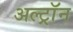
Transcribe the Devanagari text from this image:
अल्ट्राॅन